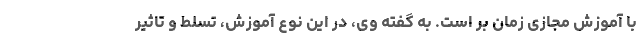
با آموزش مجازی زمان بر است. به گفته وی، در این نوع آموزش، تسلط و تاثیر